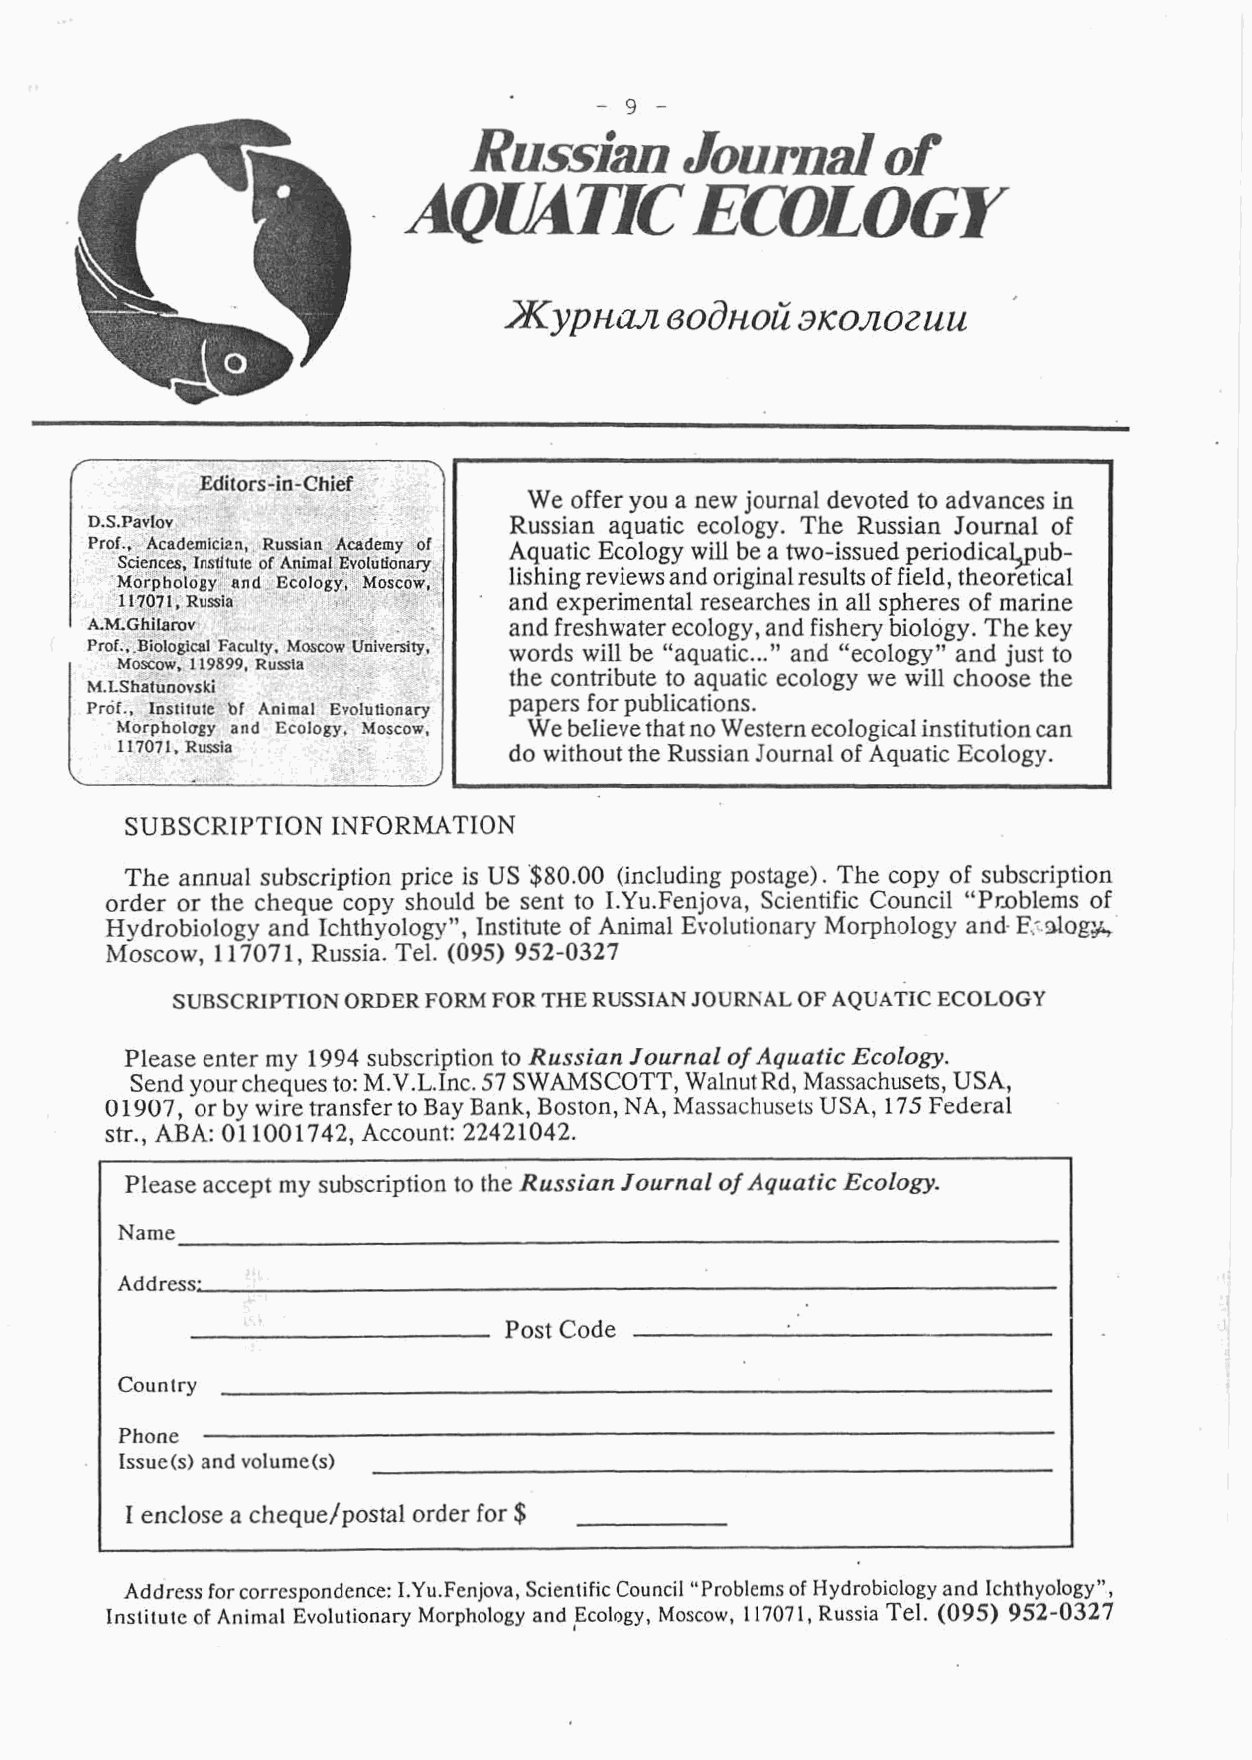
b
 We offer you a new journal devoted to advances in
 Russian aquatic ecology. The Russian Journal of
 Aquatic Ecology will be a two-issued periodicalpub-
 lishing reviews and original results of field, theoretical
 and experimental researches in all spheres of marine
 and freshwater ecology, and fishery biology. The key
 ..."
 words will be "aquatic and "ecology" and just to
 the contribute to aquatic ecology we will choose the
 papers for publications.
 We believe that no Western ecological institution can
 do without the Russian Journal of Aquatic Ecology.
 f
 SUBSCRIYT ION INFORMATION
 The annual subscription price is US $80.00 (including postage). The copy of subscription
 order or the cheque copy should be sent to I.Yu.Fenjova, Scientific Council "Pr~blemso f
 Hydrobiology and Ichthyology", Institute of Animal Evolutionary Morphology and- F.;.dog;g
 Moscow, 1 17071 , Russia. Tel. (095) 952-0327
 SUBSCRIPTION ORDER FORM FOR THE RUSSIAN JOURNAL OF AQUATIC ECOLOGY
 Please enter my 1994 subscription to Russian Journal of Aquatic Ecology.
 Send your cheques to: M.V.L.Inc. 57 SWAMSCOTT, Walnut Rd, Massachusets, USA,
 01907, or by wire transfer to Bay Bank, Boston, NA, Massachusets USA, 175 Federal .
 str., ABA: 011 001742, Account: 22421042.
 Please accept my subscription to the Russian Journal of Aquatic Ecology.
 Name
 Address:
 Post Code
 Country
 Phone
 Issue(s) and volume(s)
 I enclose a cheque/postal order for $
 ~ddresfso r correspondence: I.Yu.Fenjova, Scientific Council "Problems of Hydrobiology and Ichthyology",
 Institute of Animal Evolutionary Morphology and Ecology, Moscow, 1 1707 1, Russia Tel. (095) 952-0327